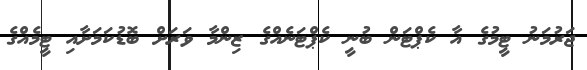
ޖަރުމަނު ޓީމުގެ އާ ކެޕްޓަން ބުނީ ކެޕްޓަނެއްގެ ޒިންމާ ވަރަށް ބޮޑުކަމަށާއި ޓީމެއްގެ